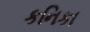
કનિકા